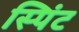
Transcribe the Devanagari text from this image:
स्पिंट